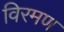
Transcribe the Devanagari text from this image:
विरमण